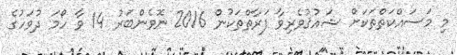
މި މަސައްކަތްތަކަށް ޝައުޤުވެރިވާ ފަރާތްތަކުން 2016 ނޮވެންބަރު 14 ވާ ހޯމަ ދުވަހުގެ